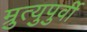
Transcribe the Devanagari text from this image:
म्रुत्युपुर्वी